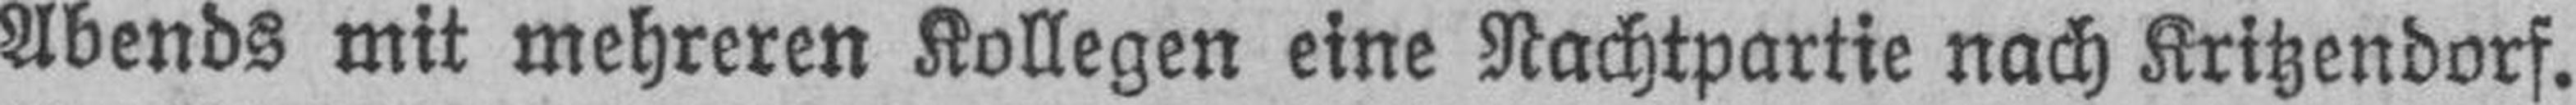
Abends mit mehreren Kollegen eine Nachtpartie nach Kritzendorf.